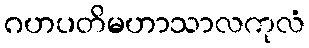
ဂဟပတိမဟာသာလကုလံ